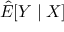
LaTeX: { \hat { E } } [ Y \mid X ]